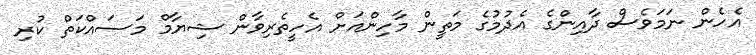
އެހެން ނަމަވެސް ދާއިންގެ އެދުމުގެ މަތީން މާހިންއަށް އެހީތެރިވާން ޝިޔާމް މަސައްކަތް ކުރި